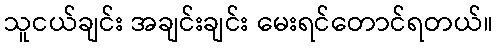
သူငယ်ချင်း အချင်းချင်း မေးရင်တောင်ရတယ်။